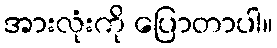
အားလုံးကို ပြောတာပါ။